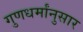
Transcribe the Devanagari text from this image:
गुणधर्मांनुसार